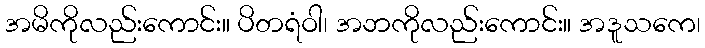
အမိကိုလည်းကောင်း။ ပိတရံဝါ၊ အဘကိုလည်းကောင်း။ အဒူသကေ၊